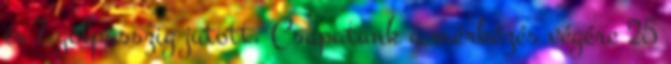
és 7 gólpasszig jutott. Csapatunk a mérkőzés végére 25